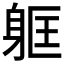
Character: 𮜳